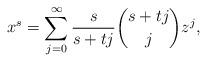
LaTeX: \begin{align*} x^{s}=\sum_{j=0}^{\infty}{\frac{s}{s+tj}\binom{s+tj}{j}z^{j}},\end{align*}